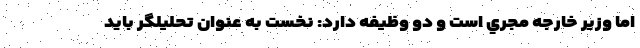
اما وزير خارجه مجري است و دو وظيفه دارد: نخست به عنوان تحليلگر بايد